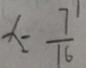
x = \frac { 7 } { 1 6 }